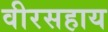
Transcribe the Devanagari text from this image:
वीरसहाय